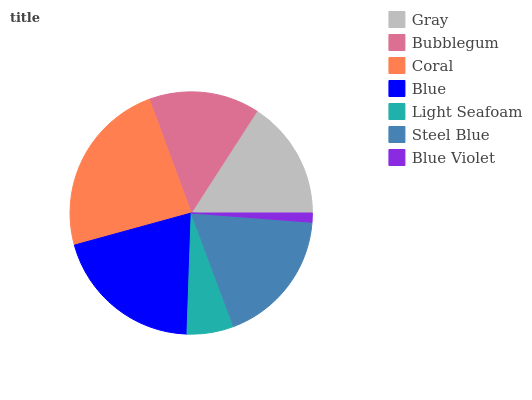
| Gray | Bubblegum | Coral | Blue | Light Seafoam | Steel Blue | Blue Violet |
 | --- | --- | --- | --- | --- | --- | --- |
 | 15.8% | 14.7% | 23.7% | 20.2% | 6.23% | 18.1% | 1.22% |